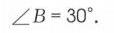
\(\angle B = 30^{\circ}\).